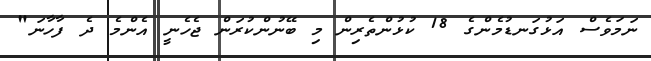
ނަމަވެސް އަޅުގަނޑުމެންގެ 18 ކުޅުންތެރިން މި ބޭނުންކުރަން ޖެހެނީ އެންމެ ދެ ފާހާނަ"